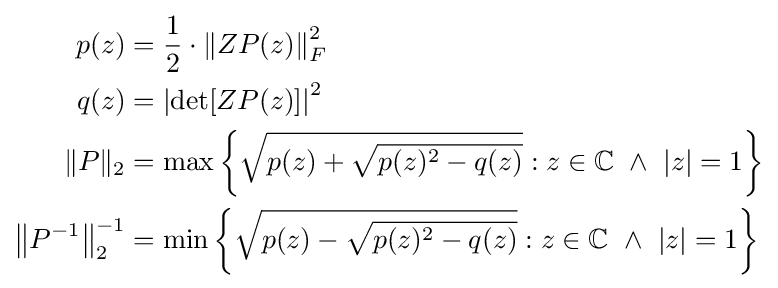
{\begin{aligned}p(z)&={\frac {1}{2}}\cdot \left\|ZP(z)\right\|_{F}^{2}\\q(z)&=\left|\det[ZP(z)]\right|^{2}\\\|P\|_{2}&=\max \left\{{\sqrt {p(z)+{\sqrt {p(z)^{2}-q(z)}}}}:z\in \mathbb {C} \ \land \ |z|=1\right\}\\\left\|P^{-1}\right\|_{2}^{-1}&=\min \left\{{\sqrt {p(z)-{\sqrt {p(z)^{2}-q(z)}}}}:z\in \mathbb {C} \ \land \ |z|=1\right\}\end{aligned}}